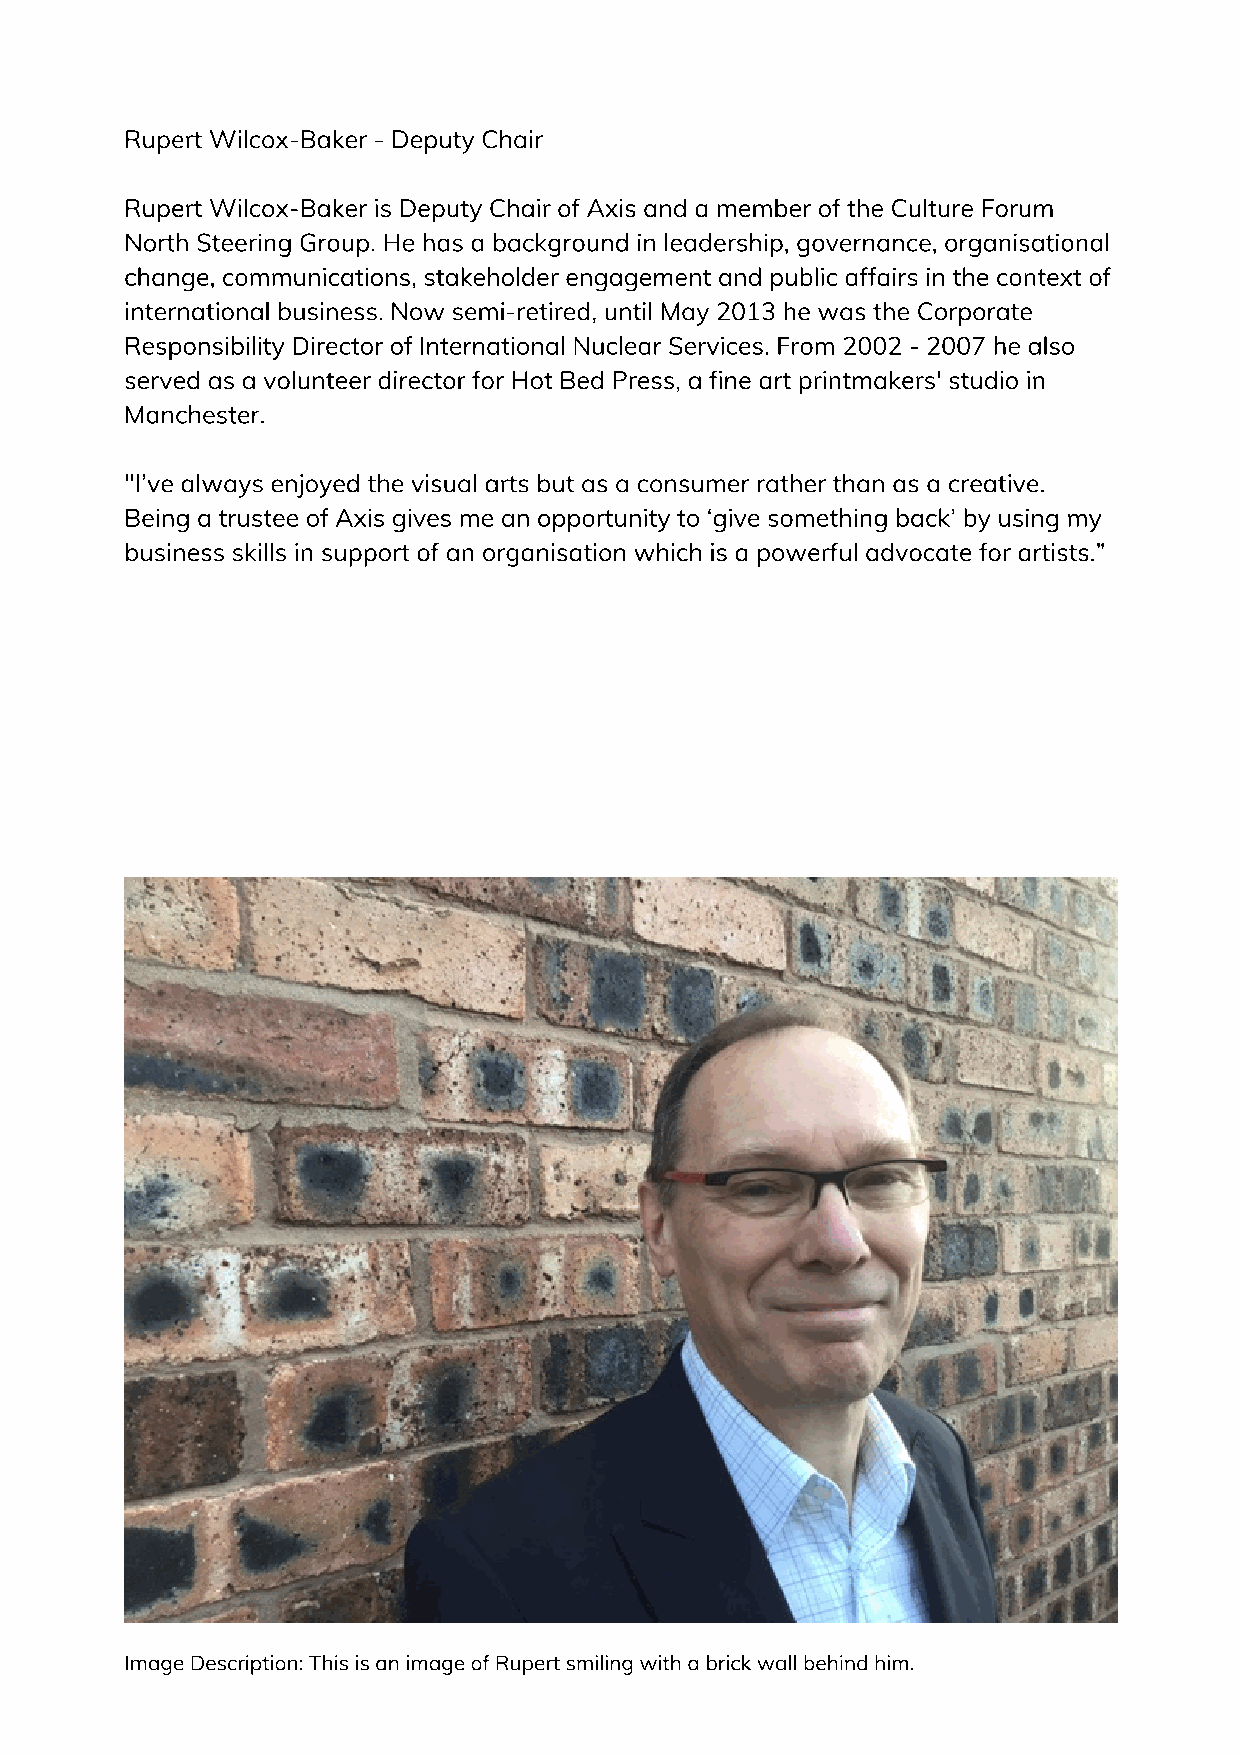
Rupert Wilcox-Baker - Deputy Chair
 Rupert Wilcox-Baker is Deputy Chair of Axis and a member of the Culture Forum
 North Steering Group. He has a background in leadership, governance, organisational
 change, communications, stakeholder engagement and public affairs in the context of
 international business. Now semi-retired, until May 2013 he was the Corporate
 Responsibility Director of International Nuclear Services. From 2002 - 2007 he also
 served as a volunteer director for Hot Bed Press, a fine art printmakers' studio in
 Manchester.
 "I’ve always enjoyed the visual arts but as a consumer rather than as a creative.
 Being a trustee of Axis gives me an opportunity to ‘give something back’ by using my
 business skills in support of an organisation which is a powerful advocate for artists.”
 Image Description: This is an image of Rupert smiling with a brick wall behind him.